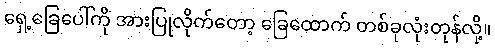
ရှေ့ခြေပေါ်ကို အားပြုလိုက်တော့ ခြေထောက် တစ်ခုလုံးတုန်လို့။